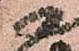
尉